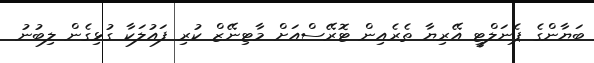
ބަޔާންގެ ޕެނަލްޓީ އޭރިޔާ ތެރެއިން ޓޮރޭސްއަށް މާޓިނޭޒް ކުރި ފައުލަކާ ގުޅިގެން ލިބުނު